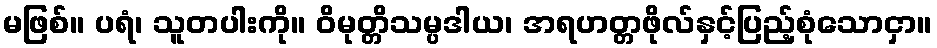
မဖြစ်။ ပရံ၊ သူတပါးကို။ ဝိမုတ္တိသမ္ပဒါယ၊ အရဟတ္တဖိုလ်နှင့်ပြည့်စုံသောငှာ။